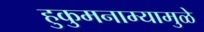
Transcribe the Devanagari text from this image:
हुकुमनाम्यामुळे